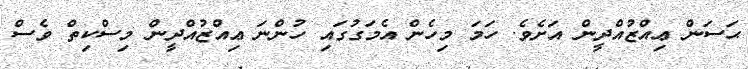
ޙަސަން ޢިއްޒުއްދީން އަށެވެ. ހަމަ މިހެން އެމަގުގައި ހުންނަ ޢިއްޒުއްދީން މިސްކިތް ވެސް